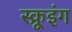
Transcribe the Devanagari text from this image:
स्क्रूइंग